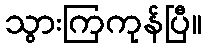
သွားကြကုန်ပြီ။